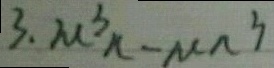
3 . \mu ^ { 3 } n - \mu n ^ { 3 }